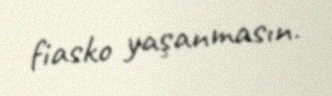
fiasko yaşanmasın.